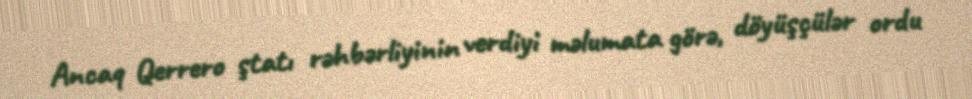
Ancaq Qerrero ştatı rəhbərliyinin verdiyi məlumata görə, döyüşçülər ordu